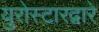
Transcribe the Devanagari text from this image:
युरोस्टारद्वारे